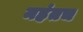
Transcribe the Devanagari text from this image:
महंतच